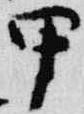
甲